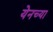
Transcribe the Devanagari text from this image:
येनच्या